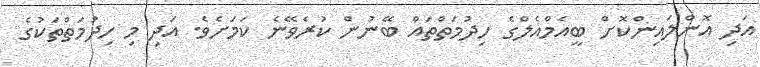
އަދި އޮންލައިންކޮށް ބީއެމްއެލްގެ ހިދުމަތްތައް ބޭނުން ކުރެވޭނެ ކަމަށެވެ. އަދި މި ހިދުމަތްތަކުގެ